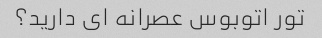
تور اتوبوس عصرانه ای دارید؟